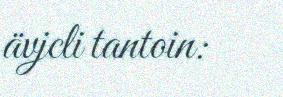
ävjcli tantoin: